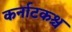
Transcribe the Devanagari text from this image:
कर्नाटकश्च